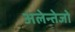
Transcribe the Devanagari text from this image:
अलेन्तेजो